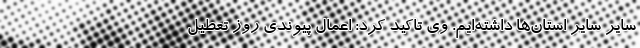
سایر سایر استان‌ها داشته‌ایم. وی تاکید کرد: اعمال پیوندی روز تعطیل